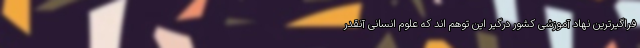
فراگیرترین نهاد آموزشی کشور درگیر این توهم اند که علوم انسانی آنقدر